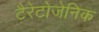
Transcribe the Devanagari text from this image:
टैरेटोजेनिक